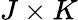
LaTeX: J\times K